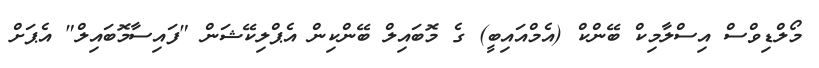
މޯލްޑިވްސް އިސްލާމިކް ބޭންކް (އެމްއައިބީ) ގެ މޮބައިލް ބޭންކިން އެޕްލިކޭޝަން "ފައިސާމޮބައިލް" އެޕަށް